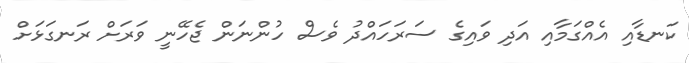
ކަނޑާއި އެއްގަމާއި އަދި ވައިގެ ސަރަހައްދު ވެސް ހުންނަން ޖެހޭނީ ވަރަށް ރަނގަޅަށް